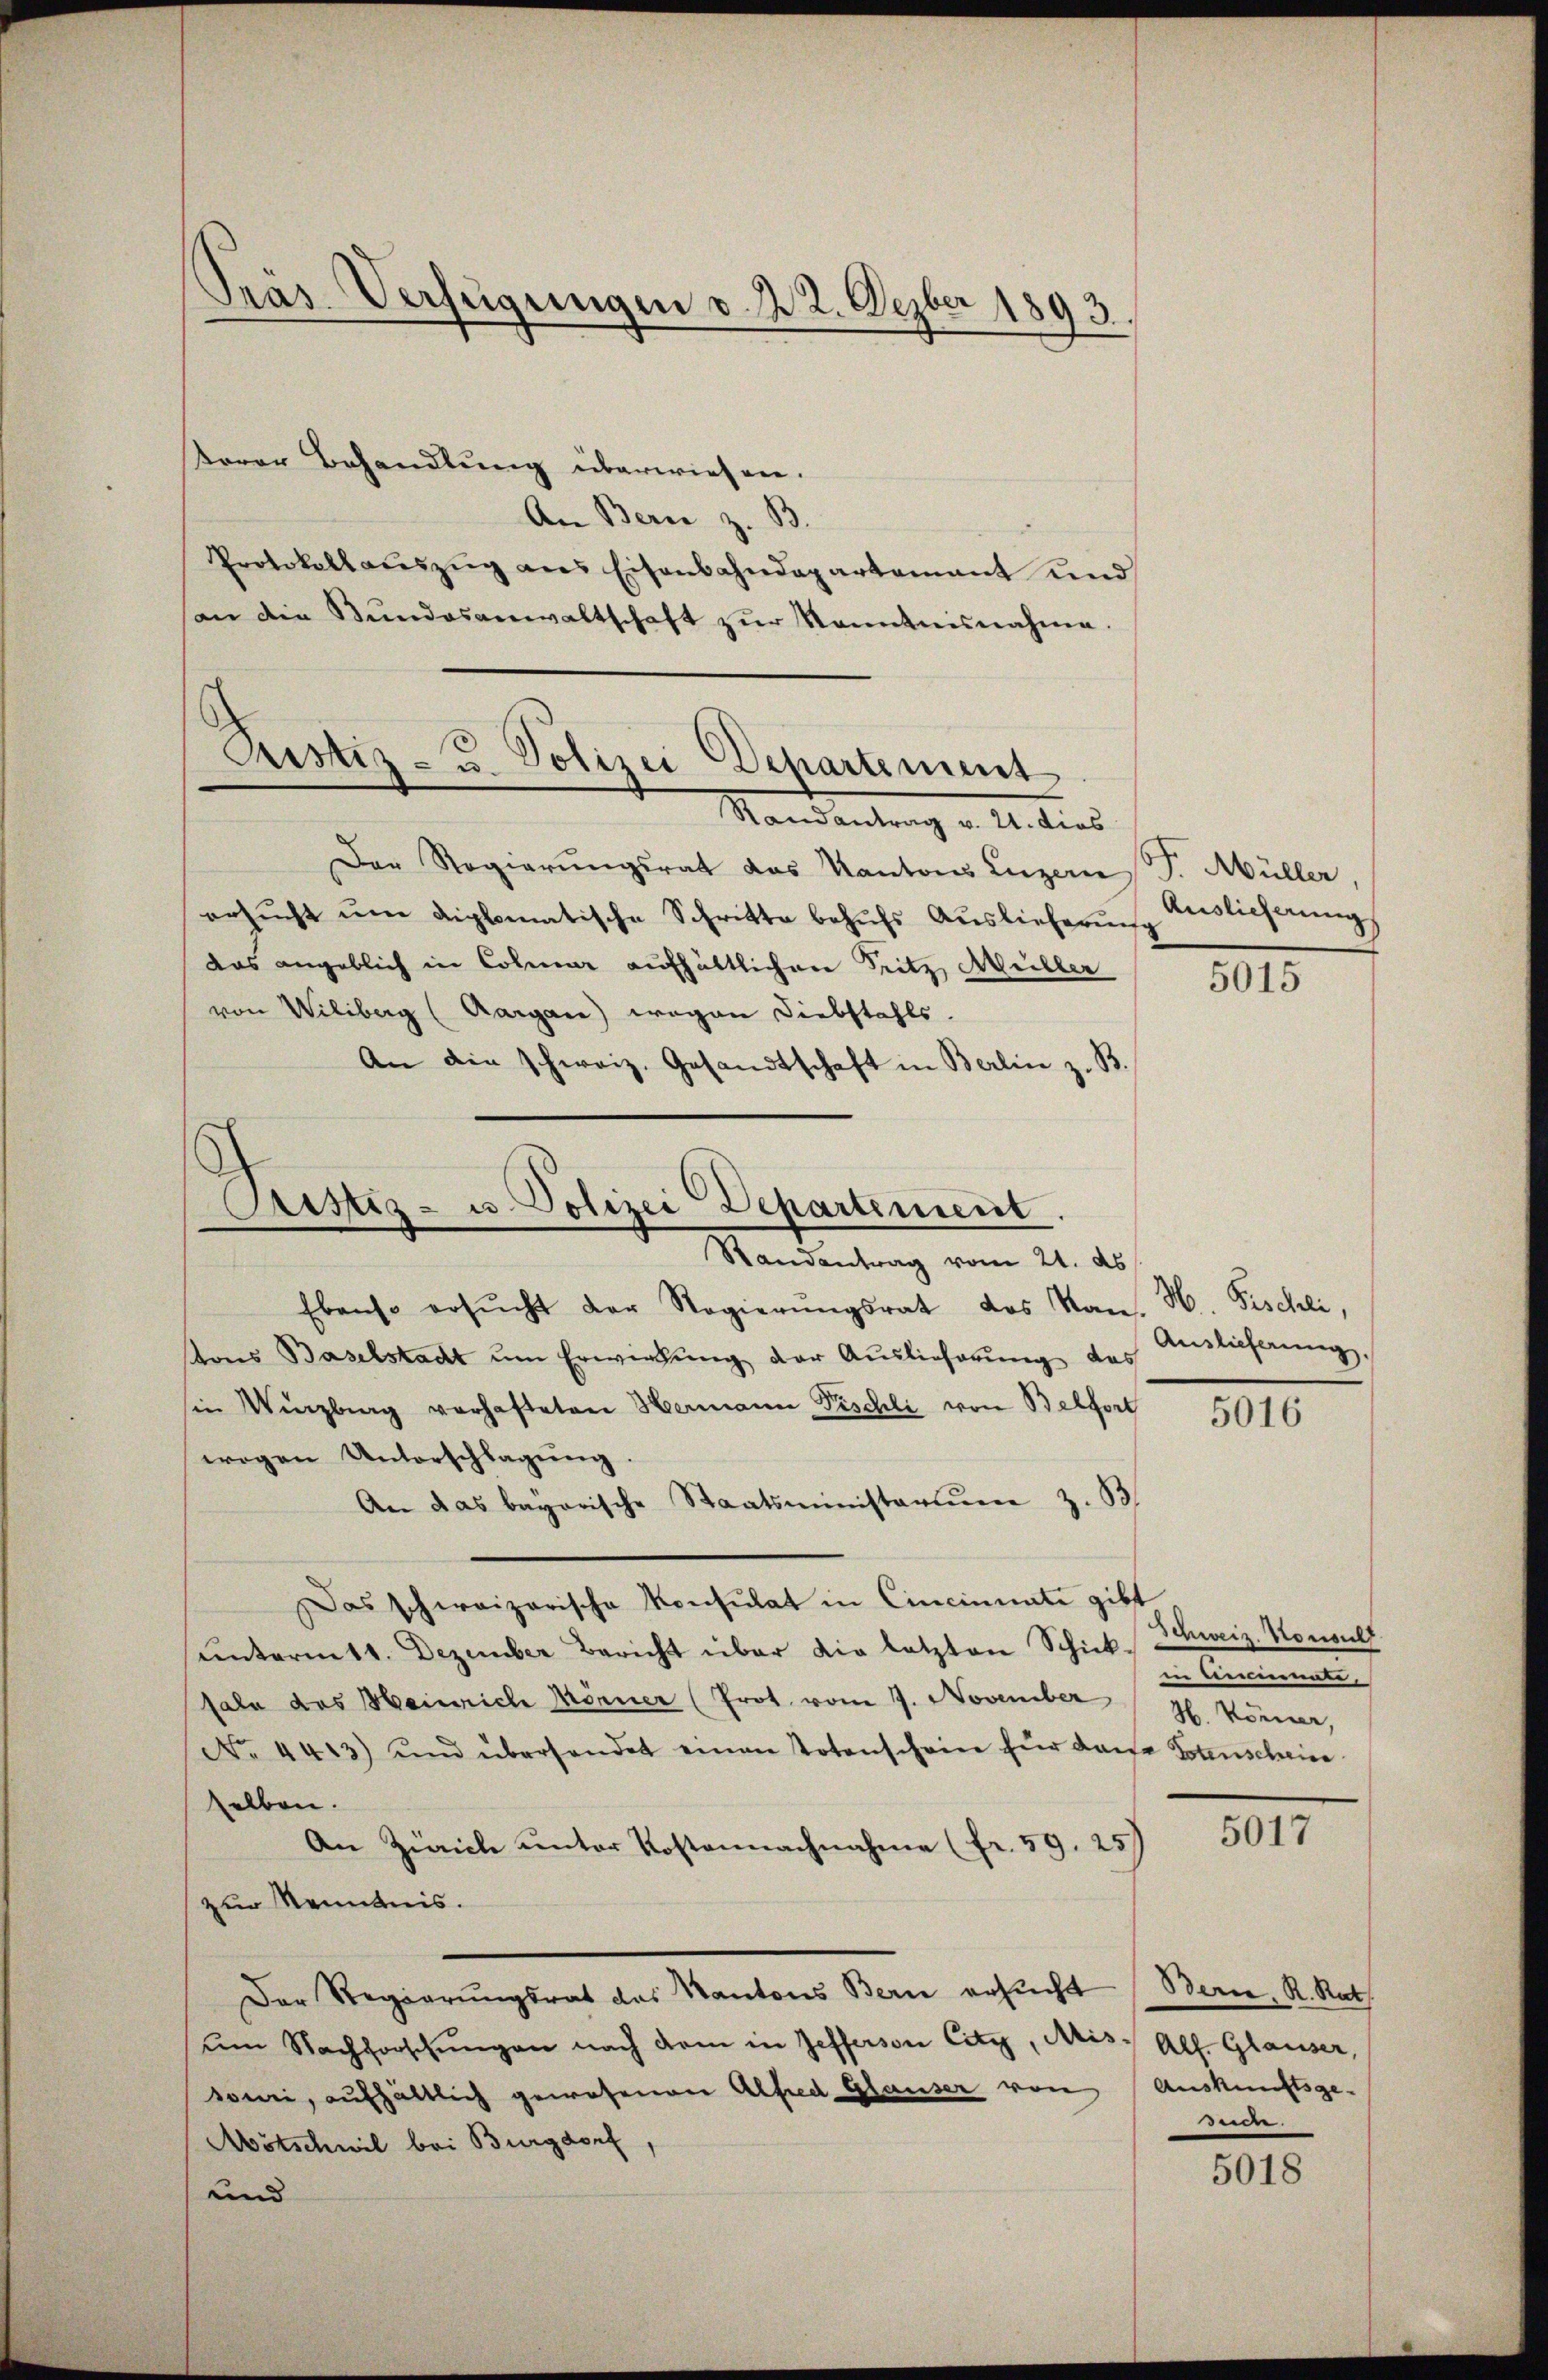
Prás-Verfügungen d. d. 2. Dezber 1893.

terer Behandlung überwiesen.
An Bern z. B.
Protokollaŭszŭg ans Eisenbahndepartement und
an die Bŭndesanwaltschaft zŭr Kenntnisnahme.

Der Regierŭngsrat das Kantons Luzern J. Müller,
ersŭcht ŭm diplomatische Schritte behŭfs Auslieferung Auslicherung
das angeblich in Colmar aufhältlichen Fritz, Müller
von Wiliberg (Aargau) wegen Diebstahls.
An die schweiz. Gesandtschaft in Berlin z. B.
Ebenso ersŭcht der Regierŭngsrat des Kan. H. Fischli,
tons Baselstadt um Erwirkung der Auslieferung das
sie Winzburg verhafteten Hermann Pischli von Belfort
wogen Unterschlagung.
An das bayerische Staatsministerium z. B
Das schweizerische Konsulat in Cincinnate gibt
ŭntermitt. Dezember Bericht über die letzten Schick Schweiz. Konsult
sale des Heinrich Mönner (Prot. vom 7. November (H. Könner,
No. 4413) und überhandet einen Totenschein für dasse Totenschein
selben.
An Zürich unter Kostennachnahme (fr. 59. 257
zur Kenntnis.
Der Regierungsrat das Kantons Bern ersŭcht (Bern, R. Rat
um Nachforschŭngen nach dem in Zefferson Citz, Mis: All. Glauser,
soni, aufhältlich gewesenen Alfred Glauser von Auskunftsge-
Mötschwil bei Burgdorf,
und

Justiz u. Polizei Departement
Randantrag v. 21. dies

Pristiz- u. Polizei Departement.
Randantrag vom 21. ds

1015

Auslieferung

5016

in Neumati,

5017

de.

5018